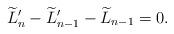
LaTeX: \begin{align*}\widetilde{L}_n'- \widetilde{L}_{n-1}'-\widetilde{L}_{n-1} =0.\end{align*}